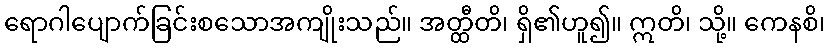
ရောဂါပျောက်ခြင်းစသောအကျိုးသည်။ အတ္ထီတိ၊ ရှိ၏ဟူ၍။ ဣတိ၊ သို့။ ကေနစိ၊